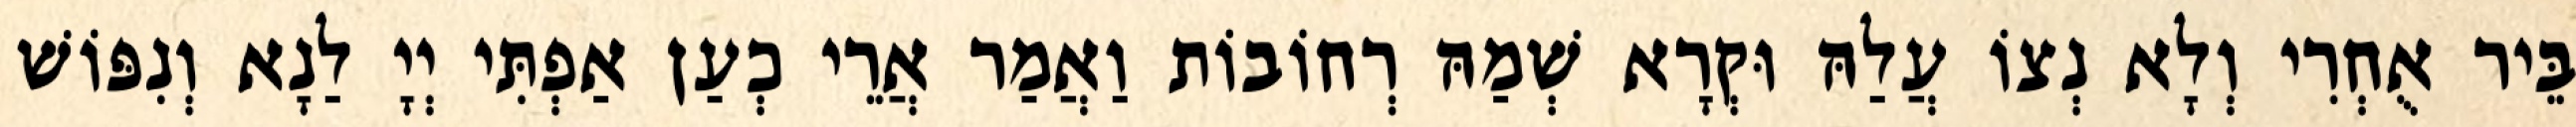
בֵּיר אֻחְרִי וְלָא נְצוֹ עֲלַהּ וּקְרָא שְׁמַהּ רְחוֹבוֹת וַאֲמַר אֲרֵי כְעַן אַפְתִּי יְיָ לַנָא וְנִפּוֹשׁ